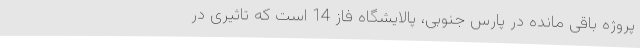
پروژه باقی مانده در پارس جنوبی، پالایشگاه فاز 14 است که تاثیری در